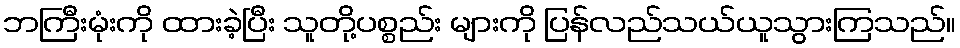
ဘကြီးမုံးကို ထားခဲ့ပြီး သူတို့ပစ္စည်း များကို ပြန်လည်သယ်ယူသွားကြသည်။